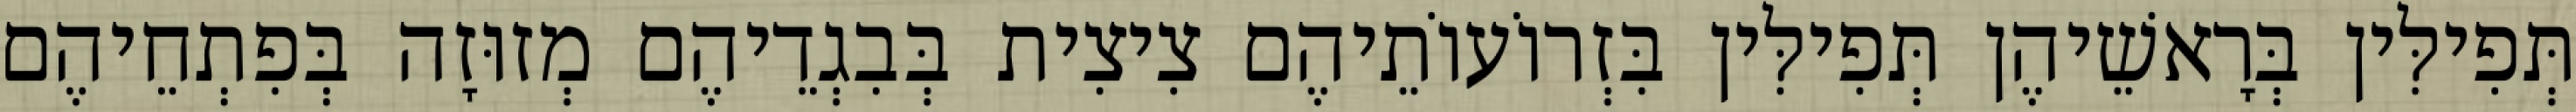
תְּפִילִּין בְּרָאשֵׁיהֶן תְּפִילִּין בִּזְרוֹעוֹתֵיהֶם צִיצִית בְּבִגְדֵיהֶם מְזוּזָה בְּפִתְחֵיהֶם